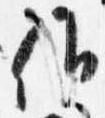
候